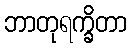
ဘာတုရက္ခိတာ